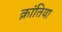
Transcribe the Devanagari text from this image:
क्रांतिया